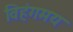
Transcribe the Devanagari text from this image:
विहंगमय